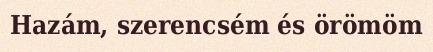
Hazám, szerencsém és örömöm